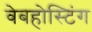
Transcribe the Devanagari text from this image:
वेबहोस्टिंग